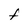
Character: t